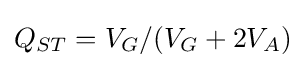
Q_{ST}=V_{G}/(V_{G}+2V_{A})